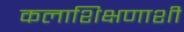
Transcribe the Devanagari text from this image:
कलाशिक्षणाशी